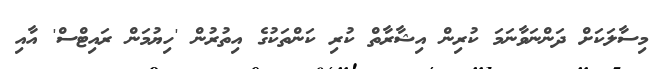
މިސާލަކަށް ދަންނަވާނަމަ ކުރިން އިޝާރާތް ކުރި ކަންތަކުގެ އިތުރުން 'ހިޔުމަން ރައިޓްސް' އާއި